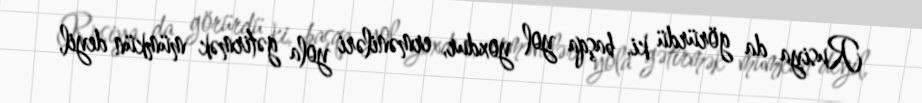
Rusiya da görürdü ki, başqa yol yoxdur, erməniləri yola gətirmək mümkün deyil,